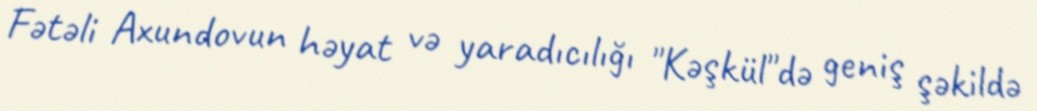
Fətəli Axundovun həyat və yaradıcılığı "Kəşkül"də geniş şəkildə